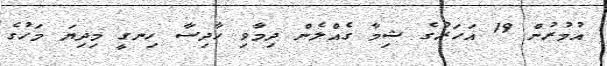
އުމުރުން 19 އަހަރުގެ ޝިމާ ގެއްލެން ދިމާވި ހާދިސާ ހިނގީ މިދިޔަ މަހުގެ